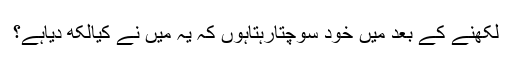
لکھنے کے بعد میں خود سوچتارہتاہوں کہ یہ میں نے کیالکھ دیاہے؟